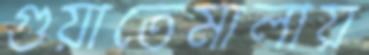
গুয়াতেমালায়